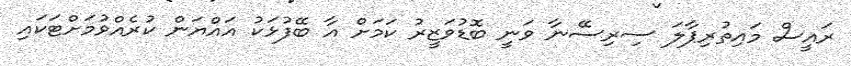
ރައީސް މައިތުރިޕާލަ ސިރިސޭނާ ވަނީ ބޮޑުވަޒީރު ކަމަށް އާ ބޭފުޅަކު އައްޔަން ކުރެއްވުމަށްޓަކައި